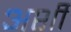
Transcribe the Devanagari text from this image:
अर्शी